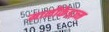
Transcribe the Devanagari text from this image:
मानीकेइज़्म